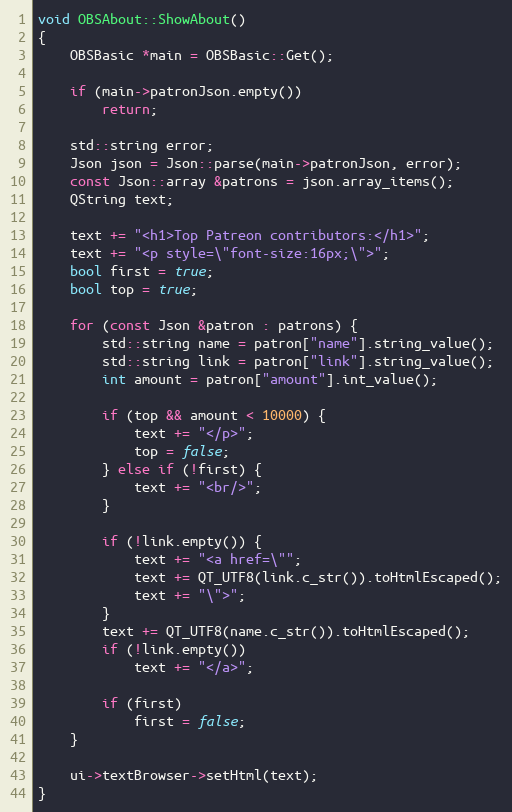
Language: C++
void OBSAbout::ShowAbout()
{
	OBSBasic *main = OBSBasic::Get();

	if (main->patronJson.empty())
		return;

	std::string error;
	Json json = Json::parse(main->patronJson, error);
	const Json::array &patrons = json.array_items();
	QString text;

	text += "<h1>Top Patreon contributors:</h1>";
	text += "<p style=\"font-size:16px;\">";
	bool first = true;
	bool top = true;

	for (const Json &patron : patrons) {
		std::string name = patron["name"].string_value();
		std::string link = patron["link"].string_value();
		int amount = patron["amount"].int_value();

		if (top && amount < 10000) {
			text += "</p>";
			top = false;
		} else if (!first) {
			text += "<br/>";
		}

		if (!link.empty()) {
			text += "<a href=\"";
			text += QT_UTF8(link.c_str()).toHtmlEscaped();
			text += "\">";
		}
		text += QT_UTF8(name.c_str()).toHtmlEscaped();
		if (!link.empty())
			text += "</a>";

		if (first)
			first = false;
	}

	ui->textBrowser->setHtml(text);
}